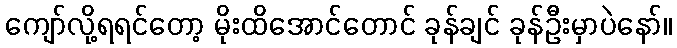
ကျော်လို့ရရင်တော့ မိုးထိအောင်တောင် ခုန်ချင် ခုန်ဦးမှာပဲနော်။